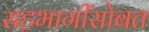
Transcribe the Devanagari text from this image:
सहभागींसोबत